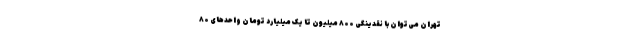
تهران می‌توان با نقدینگی ۸۰۰ میلیون تا یک میلیارد تومان واحدهای ۸۰